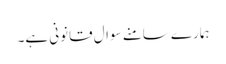
ہمارے سامنے سوال قانونی ہے۔